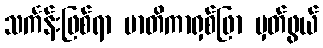
သင်္ကန်းဖြစ်ရာ မာတိကာရှစ်ဖြာ မှတ်ဖွယ်